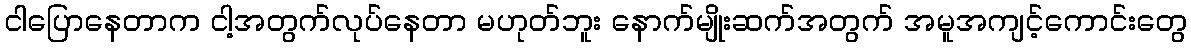
ငါပြောနေတာက ငါ့အတွက်လုပ်နေတာ မဟုတ်ဘူး နောက်မျိုးဆက်အတွက် အမူအကျင့်ကောင်းတွေ